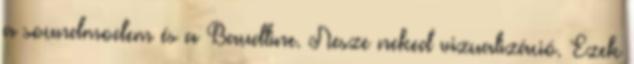
a soundmodem és a Baudline. Nesze neked vizualizáció. Ezek